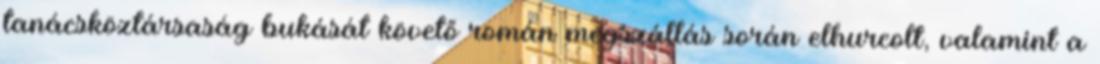
tanácsköztársaság bukását követő román megszállás során elhurcolt, valamint a